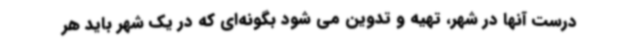
درست آنها در شهر، تهیه و تدوین می شود بگونه‌ای که در یک شهر باید هر